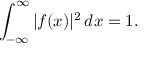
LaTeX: \int _ { - \infty } ^ { \infty } | f ( x ) | ^ { 2 } \, d x = 1 .